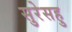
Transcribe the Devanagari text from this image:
सुरेसहु